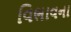
વિભાવના